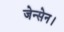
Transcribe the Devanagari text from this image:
जेन्सेन।